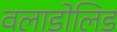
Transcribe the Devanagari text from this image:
वलाडोलिड